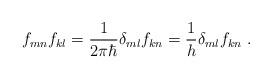
LaTeX: \begin{align*}f_{mn}\* f_{kl}=\frac{1}{2\pi\hbar}\delta_{ml}f_{kn} =\frac{1}{h}\delta_{ml}f_{kn} ~. \end{align*}